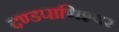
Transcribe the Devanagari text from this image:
दण्‍डपाणिश्‍वर